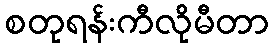
စတုရန်းကီလိုမီတာ